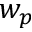
w _ { p }